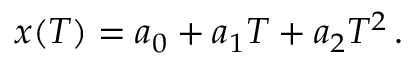
x ( T ) = a _ { 0 } + a _ { 1 } T + a _ { 2 } T ^ { 2 } \, .